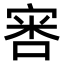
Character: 𫳢